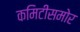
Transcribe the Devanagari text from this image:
कमिटीसमोर